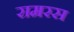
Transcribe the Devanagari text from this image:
रामरस